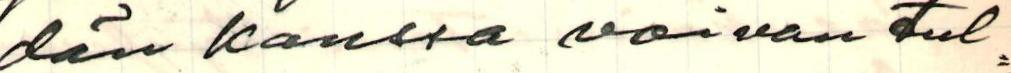
dän kanssa voivan tul=